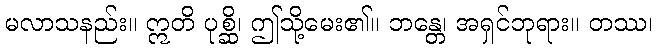
မလာသနည်း။ ဣတိ ပုစ္ဆိ၊ ဤသို့မေး၏။ ဘန္တေ၊ အရှင်ဘုရား။ တဿ၊